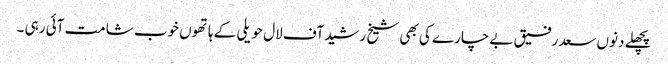
پچھلے دنوں سعد رفیق بے چارے کی بھی شیخ رشید آف لال حویلی کے ہاتھوں خوب شامت آئی رہی ۔